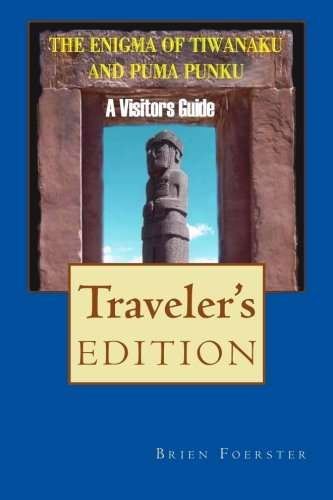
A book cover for The Enigma Of Tiwanaku And Puma Punku: A Visitor's Guide; Brien Foerster; Travel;